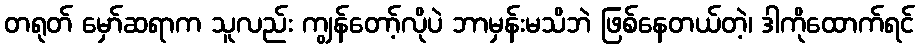
တရုတ် မှော်ဆရာက သူလည်း ကျွန်တော့်လိုပဲ ဘာမှန်းမသိဘဲ ဖြစ်နေတယ်တဲ့၊ ဒါကိုထောက်ရင်